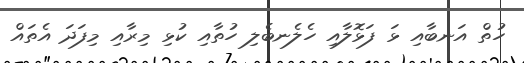
ހުތް އަނބާއި ޅަ ފަޅޮލާއި ހެލެނބެލި ހުތާއި ކުޅި މިރާއި މިފަދަ އެތައް